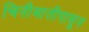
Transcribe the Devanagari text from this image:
चिनीमातीपासून